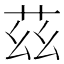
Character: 茲